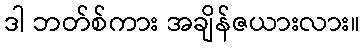
ဒါ ဘတ်စ်ကား အချိန်ဇယားလား။